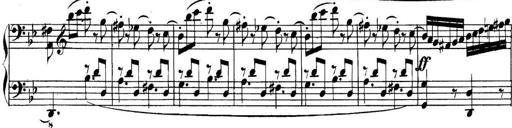
Title: Collected Piano Sonatas
Composer: Muzio Clementi